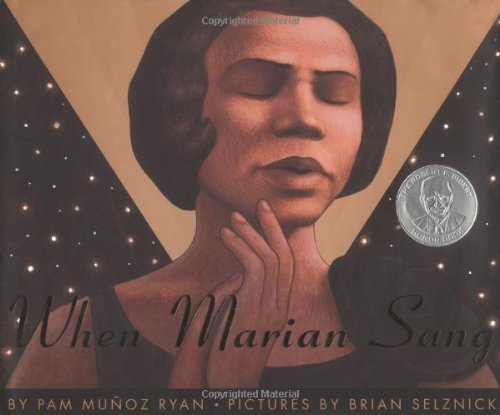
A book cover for When Marian Sang: The True Recital of Marian Anderson; Pam Munoz Ryan; Children's Books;